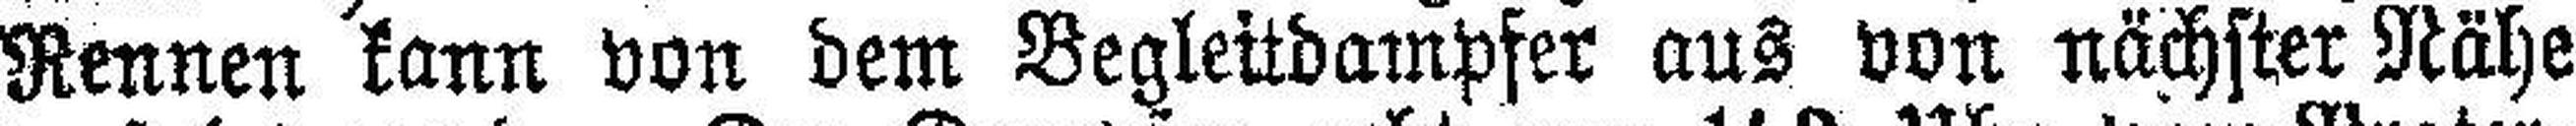
Rennen kann von dem Begleitdampfer aus von nächster Nähe